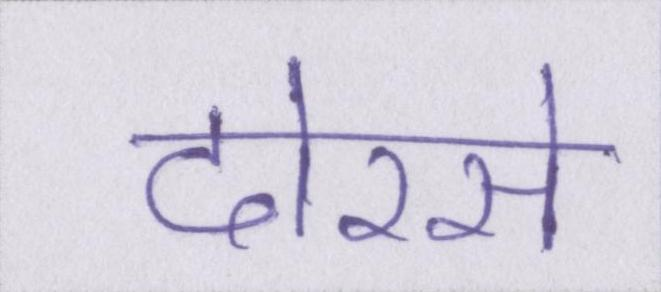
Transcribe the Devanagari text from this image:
दोरसे